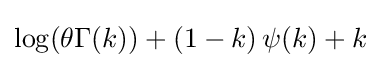
\log(\theta \Gamma (k))+\left(1-k\right)\psi (k)+k